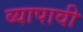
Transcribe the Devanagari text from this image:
व्यापावी